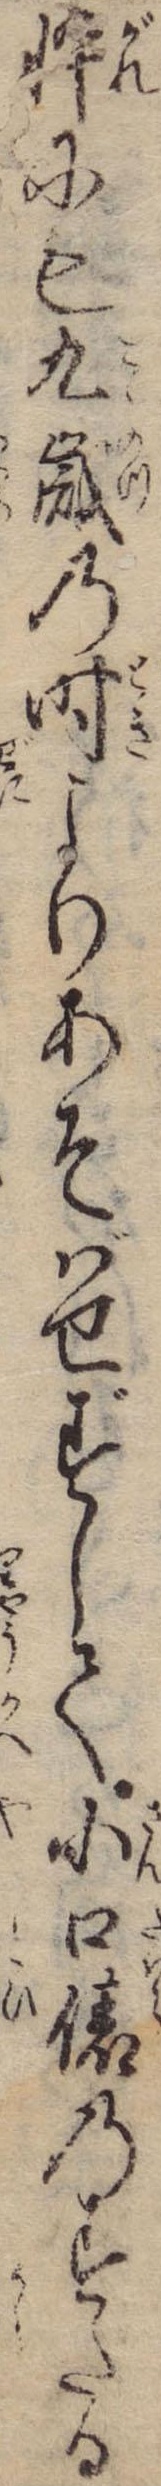
忰にも九歳の時よりあそばせずして小口俵のすたる